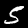
Digit: 5